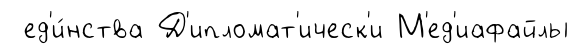
ед'и́нства Д'ипломат'ическ'и М'ед'иафайлы